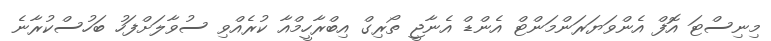
މިނިސްޓަ އޮފް އެންވަޔަރަންމަންޓް އެންޑް އެނާޖީ ތޯރިގް އިބްރާހީމްއާ ކުރެއްވި ސުވާލަށްފަހު ބަހުސްކުރާނެ